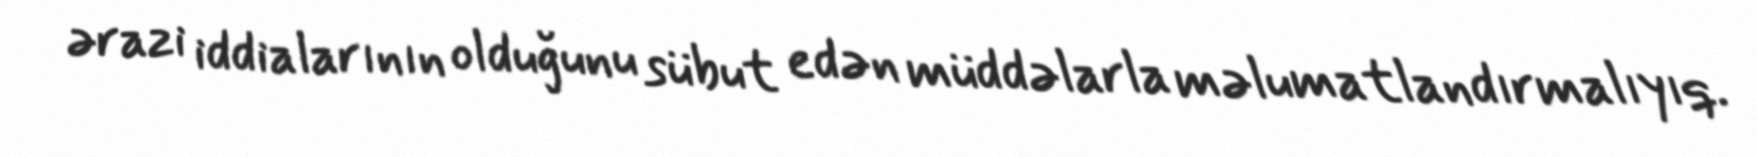
ərazi iddialarının olduğunu sübut edən müddəlarla məlumatlandırmalıyıq.